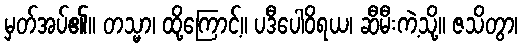
မှတ်အပ်၏။ တသ္မာ၊ ထို့ကြောင့်။ ပဒီပေါဝိရယ၊ ဆီမီးကဲ့သို့။ ဇသိတွာ၊